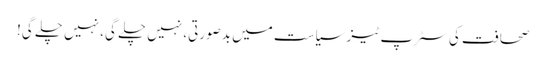
صحافت کی سٹرِپ ٹیز	سیاست میں بدصورتی، نہیں چلے گی، نہیں چلے گی!